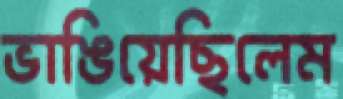
ভাঙিয়েছিলেম